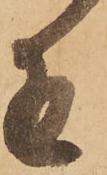
近